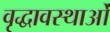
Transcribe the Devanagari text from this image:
वृद्धावस्थाओं